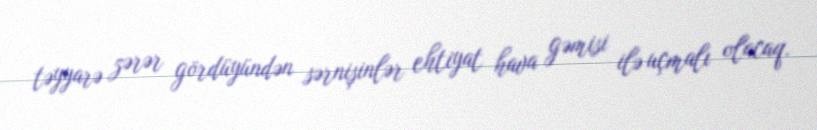
təyyarə zərər gördüyündən sərnişinlər ehtiyat hava gəmisi ilə uçmalı olacaq.